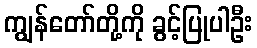
ကျွန်တော်တို့ကို ခွင့်ပြုပါဦး